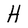
Character: H